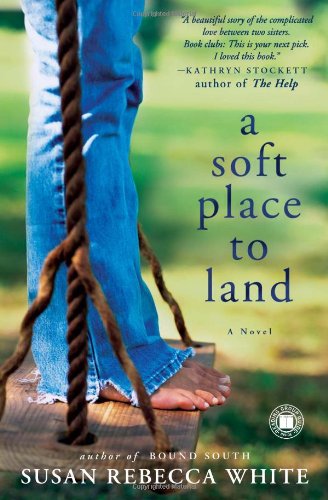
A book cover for A Soft Place to Land: A Novel; Susan Rebecca White; Literature & Fiction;